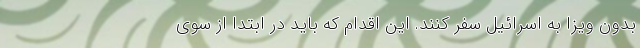
بدون ویزا به اسرائیل سفر کنند. این اقدام که باید در ابتدا از سوی